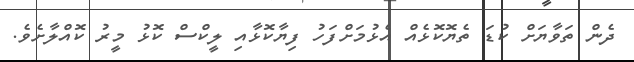
ދެން ތަވާޔަށް ކުޑަ ތެޔޮކޮޅެއް އެޅުމަށްފަހު ފިޔާކޮޅާއި ލީކްސް ކޮޅު މީރު ކޮއްލާށެވެ.